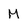
Character: M